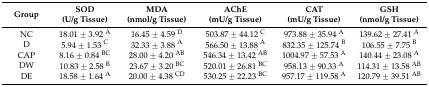
<table><thead><tr><td><b>Group</b></td><td><b>SOD (U/g Tissue)</b></td><td><b>MDA (nmol/g Tissue)</b></td><td><b>AChE (mU/g Tissue)</b></td><td><b>CAT (mU/g Tissue)</b></td><td><b>GSH (nmol/g Tissue)</b></td></tr></thead><tbody><tr><td>NC</td><td>18.01 ± 3.92 <sup>A</sup></td><td>16.45 ± 4.59 <sup>D</sup></td><td>503.87 ± 44.12 <sup>C</sup></td><td>973.88 ± 35.94 <sup>A</sup></td><td>139.62 ± 27.41 <sup>A</sup></td></tr><tr><td>D</td><td>5.94 ± 1.53 <sup>C</sup></td><td>32.33 ± 3.88 <sup>A</sup></td><td>566.50 ± 13.88 <sup>A</sup></td><td>832.35 ± 125.74 <sup>B</sup></td><td>106.55 ± 7.75 <sup>B</sup></td></tr><tr><td>CAP</td><td>8.16 ± 0.84 <sup>BC</sup></td><td>28.00 ± 4.20 <sup>AB</sup></td><td>546.34 ± 13.42 <sup>AB</sup></td><td>1004.97 ± 57.53 <sup>A</sup></td><td>140.44 ± 23.08 <sup>A</sup></td></tr><tr><td>DW</td><td>10.83 ± 2.58 <sup>B</sup></td><td>23.67 ± 3.20 <sup>BC</sup></td><td>520.01 ± 26.81 <sup>BC</sup></td><td>958.13 ± 90.33 <sup>A</sup></td><td>114.31 ± 13.58 <sup>AB</sup></td></tr><tr><td>DE</td><td>18.58 ± 1.64 <sup>A</sup></td><td>20.00 ± 4.38 <sup>CD</sup></td><td>530.25 ± 22.23 <sup>BC</sup></td><td>957.17 ± 119.58 <sup>A</sup></td><td>120.79 ± 39.51 <sup>AB</sup></td></tr></tbody></table>